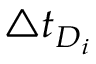
\triangle { t _ { D _ { i } } }